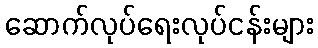
ဆောက်လုပ်ရေးလုပ်ငန်းများ